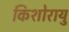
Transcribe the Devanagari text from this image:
किशोरायु